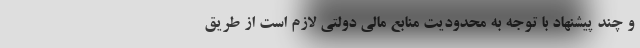
و چند پیشنهاد با توجه به محدودیت منابع مالی دولتی لازم است از طریق